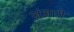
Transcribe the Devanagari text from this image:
अंजारी